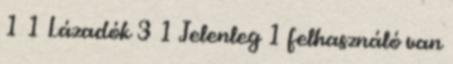
1 1 Lázadók 3 1 Jelenleg 1 felhasználó van